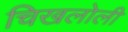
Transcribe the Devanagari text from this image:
चिखलोली